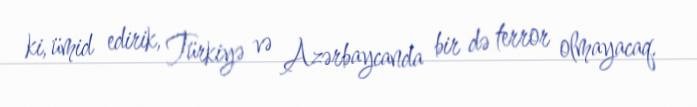
ki, ümid edirik, Türkiyə və Azərbaycanda bir də terror olmayacaq.